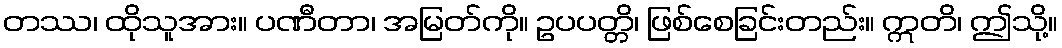
တဿ၊ ထိုသူအား။ ပဏီတာ၊ အမြတ်ကို။ ဥပပတ္တိ၊ ဖြစ်စေခြင်းတည်း။ ဣတိ၊ ဤသို့။